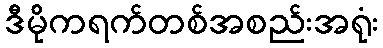
ဒီမိုကရက်တစ်အစည်းအရုံး